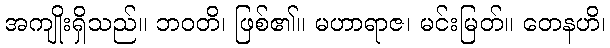
အကျိုးရှိသည်။ ဘဝတိ၊ ဖြစ်၏။ မဟာရာဇ၊ မင်းမြတ်။ တေနဟိ၊